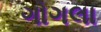
ગોગલા